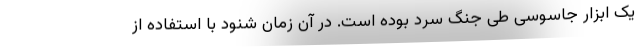
یک ابزار جاسوسی طی جنگ سرد بوده است. در آن زمان شنود با استفاده از